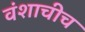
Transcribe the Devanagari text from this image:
वंशाचीच